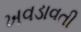
ખવડાવતી